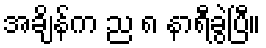
အချိန်က ည ၈ နာရီခွဲပြီ။